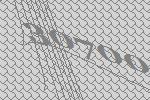
30700